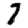
Digit: 7